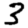
Digit: 3